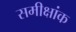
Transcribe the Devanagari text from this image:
समीक्षांक